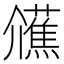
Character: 𭀐